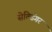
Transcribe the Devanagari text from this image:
सेल्डिंगर